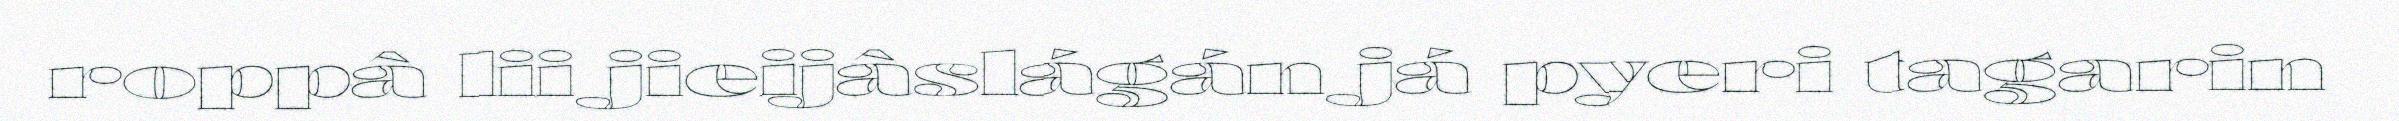
roppâ lii jieijâslágán já pyeri tagarin